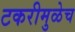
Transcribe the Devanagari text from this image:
टकरीमुळेच